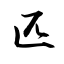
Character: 匹